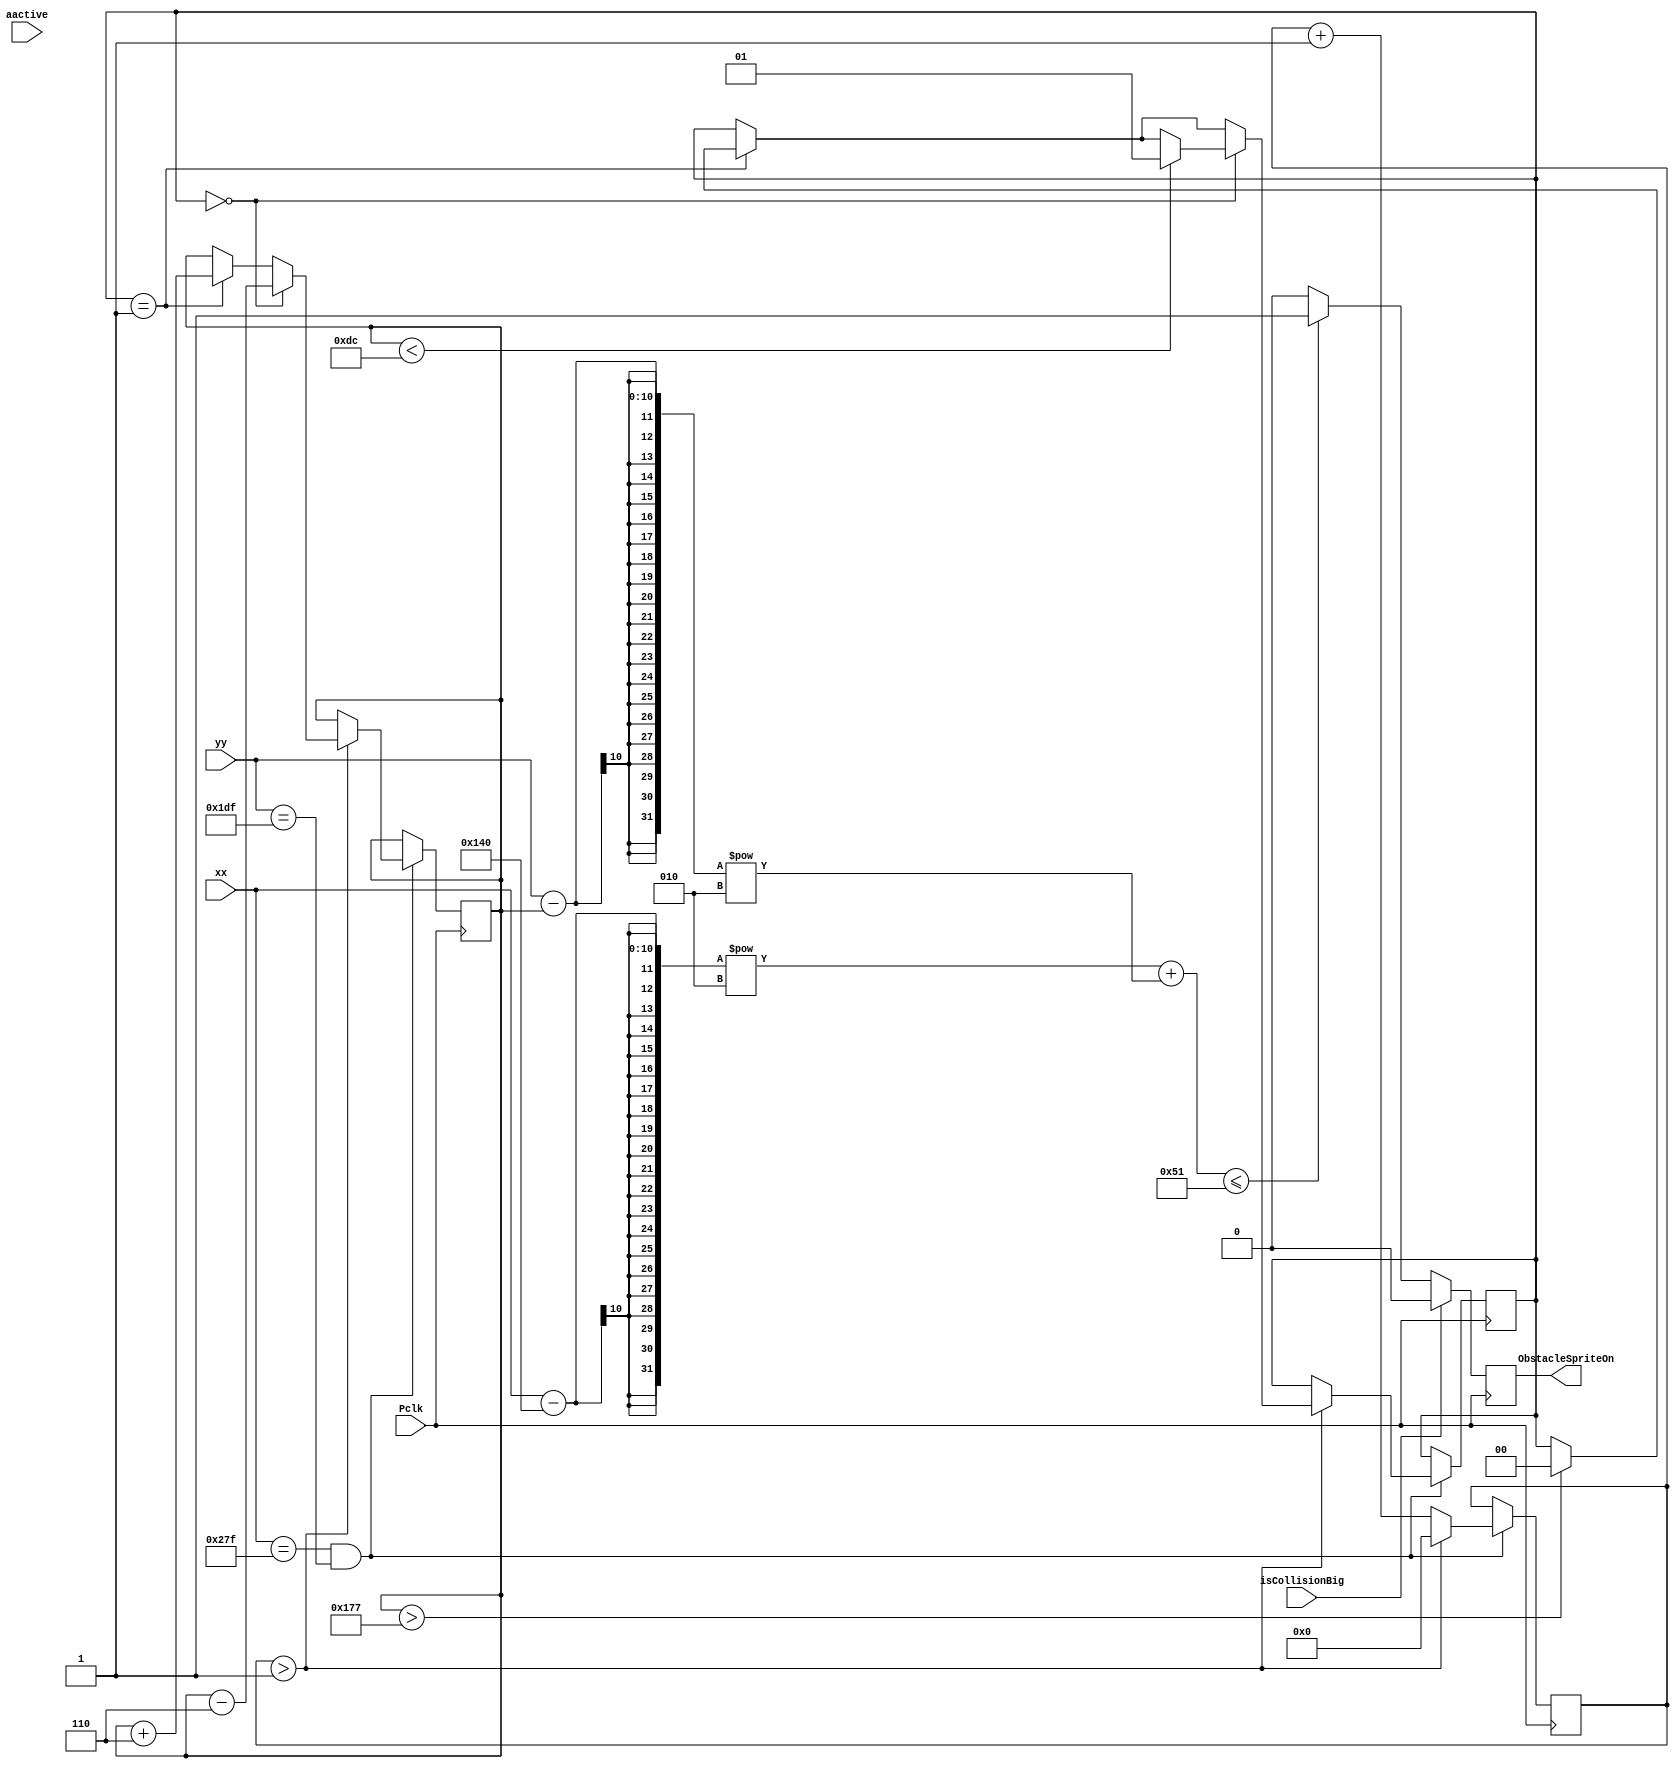
`timescale 1ns / 1ps
//////////////////////////////////////////////////////////////////////////////////
// Company: 
// Engineer: 
// 
// Design Name: 
// Module Name: ObstacleSprite
// Project Name: 
// Target Devices: 
// Tool Versions: 
// Description: 
// 
// Dependencies: 
// 
// Revision:
// Revision 0.01 - File Created
// Additional Comments:
// 
//////////////////////////////////////////////////////////////////////////////////


module ObstacleSprite(
    input wire [9:0] xx,
    input wire [9:0] yy,
    input wire aactive,
    output reg ObstacleSpriteOn,
    input wire isCollisionBig,
    input wire Pclk 
    );
    
    reg [9:0] delbullet=0;          
    reg [9:0] B1X = 320;            
    reg [9:0] B1Y = 320;            
    reg [1:0] Bdir = 1;           


    
    always @(posedge Pclk)
        begin
            if(isCollisionBig == 1)
            begin
                ObstacleSpriteOn <= 0;
            end
            else
            if (((xx-B1X)**2 + (yy-B1Y)**2) <= 81)
                begin
                ObstacleSpriteOn <= 1;
                end
            else
                begin
                ObstacleSpriteOn <= 0;
                end
        end
    
        
    always @ (posedge Pclk)
        begin
        if (xx==639 && yy==479)
            begin
                delbullet<=delbullet+1;
                if (delbullet>1)
                    begin
                        delbullet<=0;
                        if (Bdir==1)
                            begin
                                B1Y<=B1Y+6;
                                if (B1Y>375)
                                    Bdir<=0;
                            end
                        if (Bdir==0)
                            begin
                                B1Y<=B1Y-6;
                                if (B1Y<220)
                                    Bdir<=1;
                            end
                    end
            end
      end
endmodule